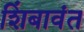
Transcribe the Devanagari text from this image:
शिंबावंत